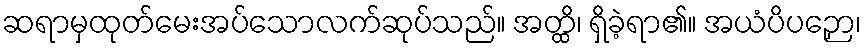
ဆရာမှထုတ်မေးအပ်သောလက်ဆုပ်သည်။ အတ္ထိ၊ ရှိခဲ့ရာ၏။ အယံပိပဉှော၊